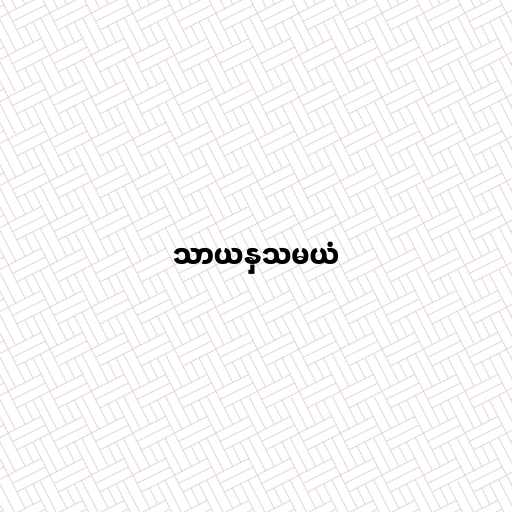
သာယနှသမယံ